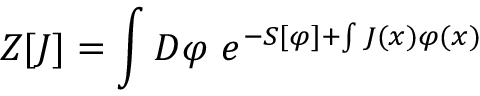
Z [ J ] = \int { \cal D } \varphi \ e ^ { - S [ \varphi ] + \int J ( x ) \varphi ( x ) }